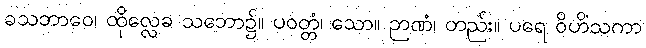
ခသဘာဝေ၊ ထိုလ္လေခ သဘော၌။ ပဝတ္တံ၊ သော။ ဉာဏံ၊ တည်း။ ပရေ ဝိဟိံသကာ